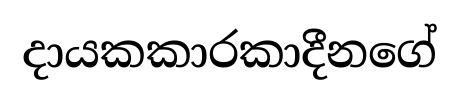
දායකකාරකාදීනගේ